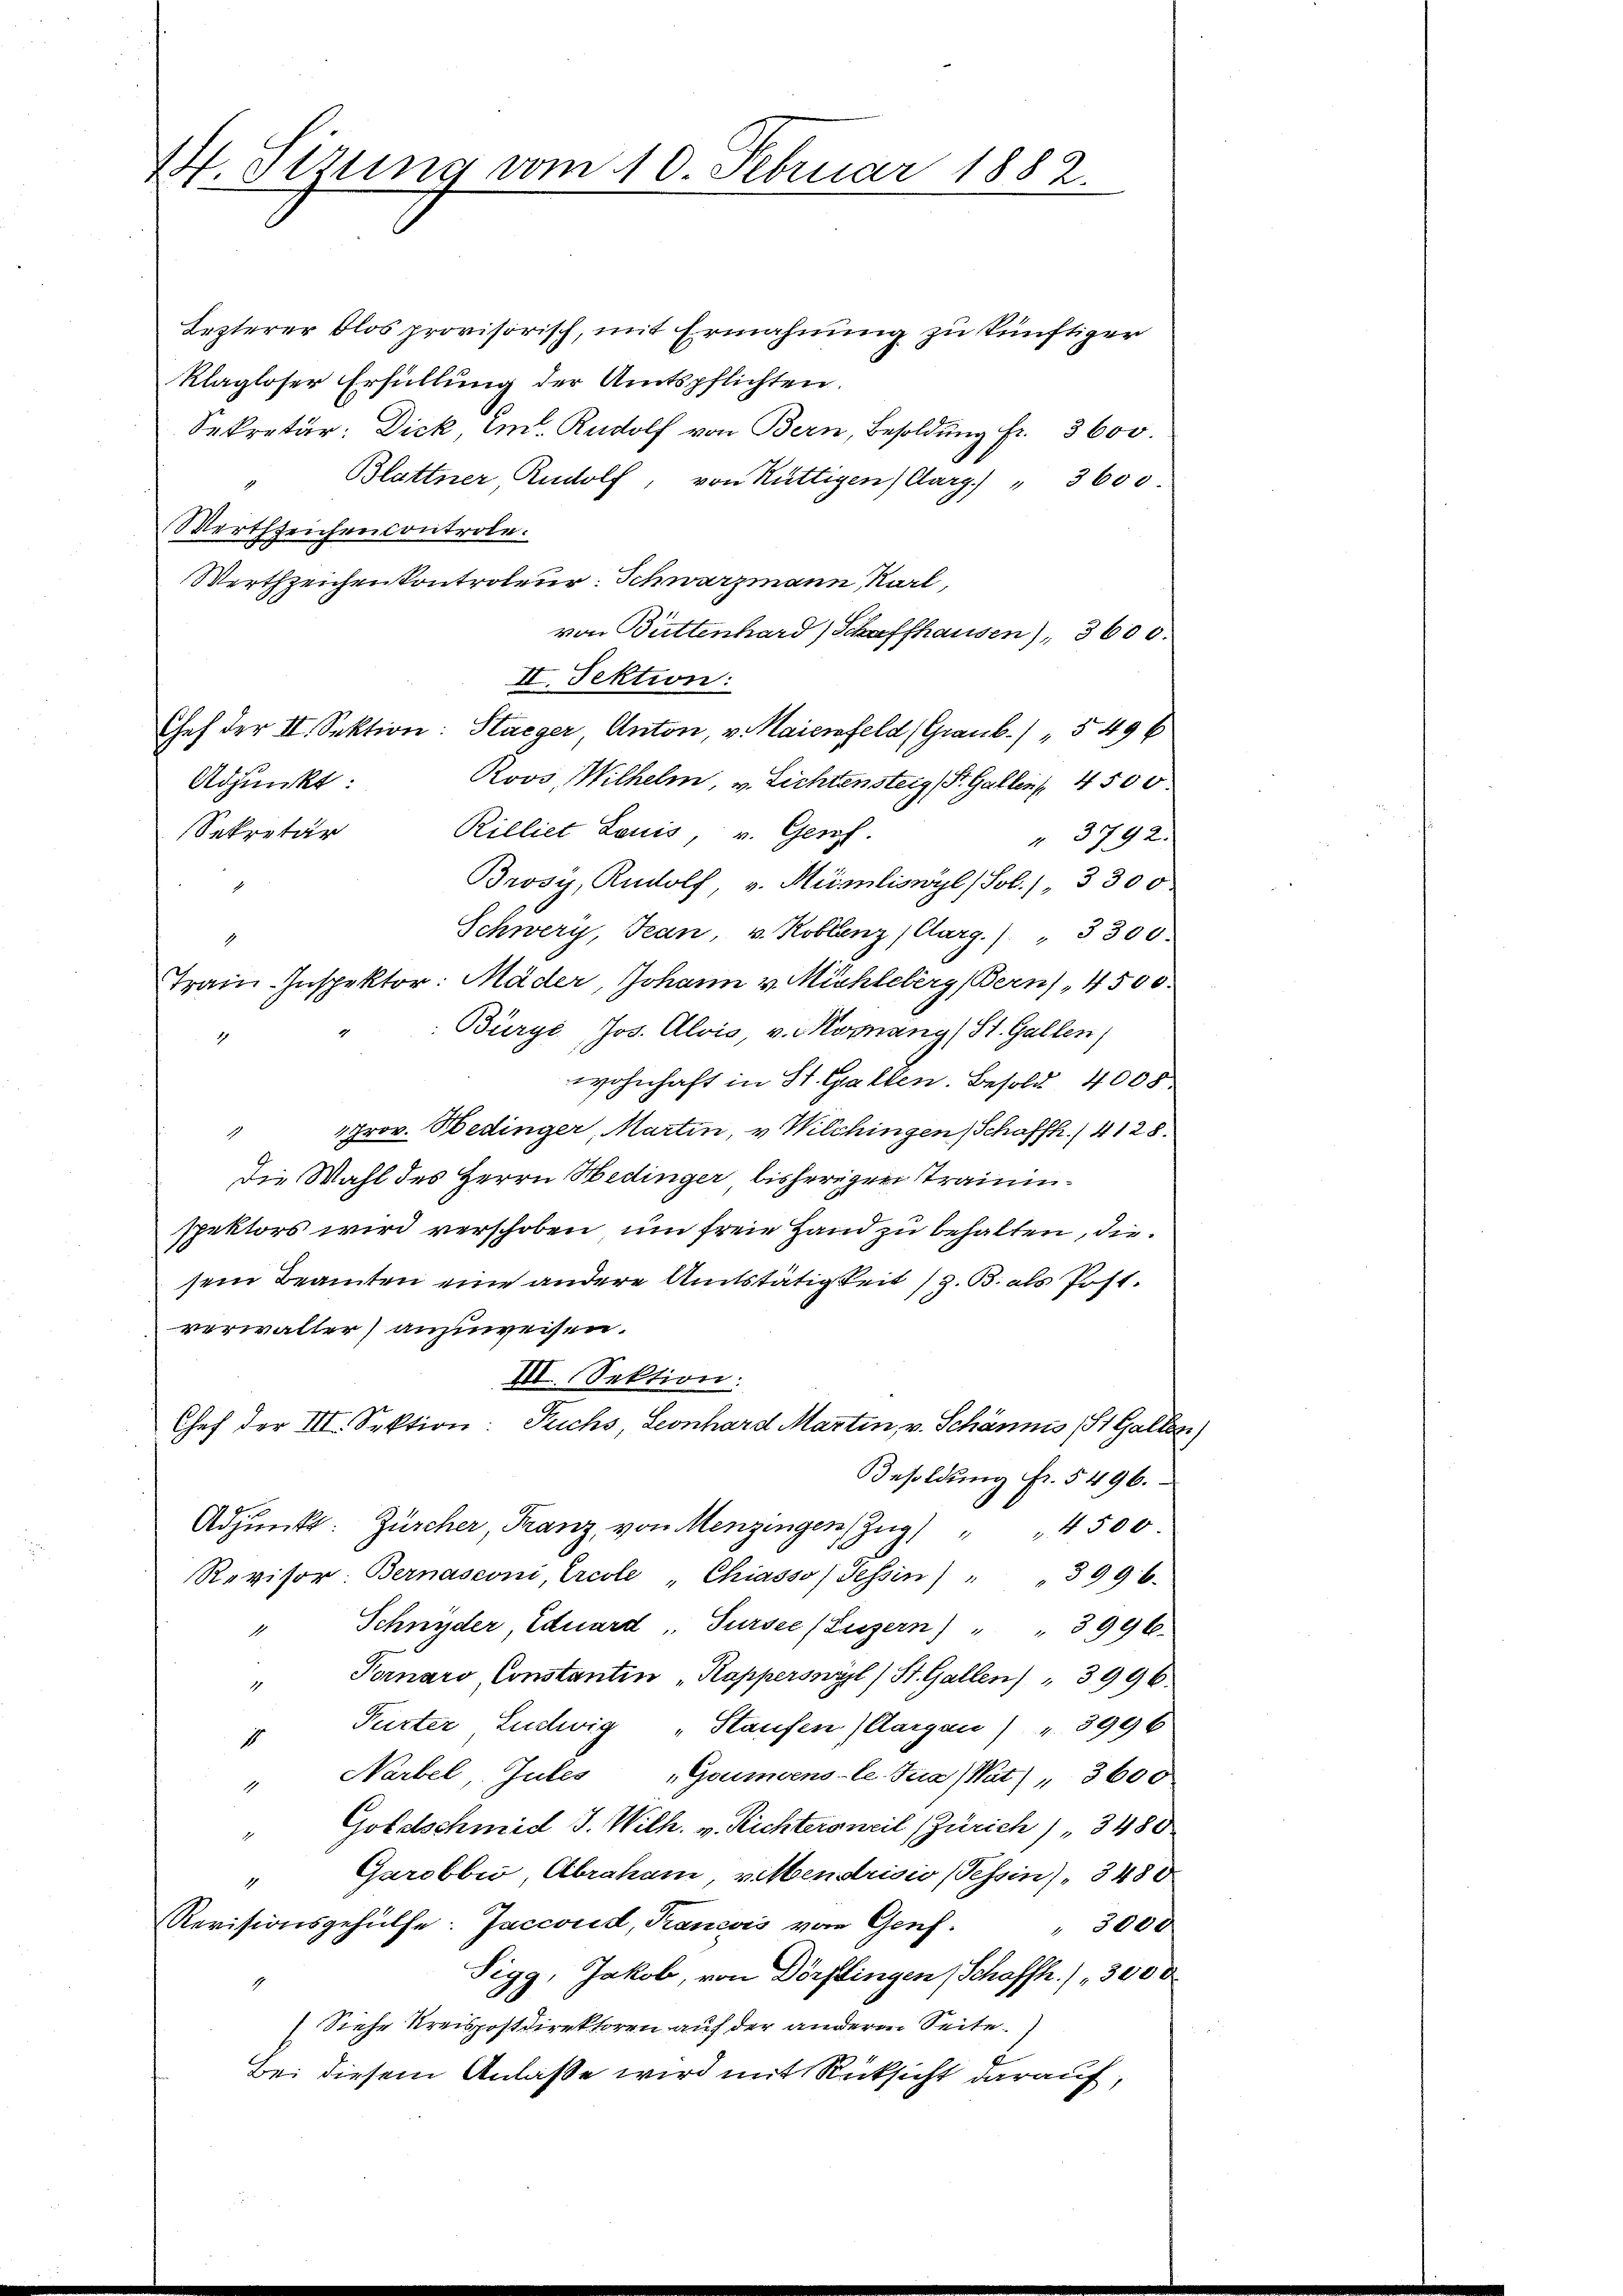
44. Sizung vom 10. Februar 1882.

Lezterer blos provisorisch, mit Ermahnung zu künftiger
klagloser Erfüllung der Amtspflichten.
Sekretär: Dick E. Rudolf von Bern, Besoldŭng fr. 3600.
Blattner Rudolf, von Rüttigen) Aarg.) " 3600.
Wertszeichen controle.
Werthzeichen kontroleur: Schwarzmann, Karl,
von Büttenhard Schaffhausen), 3600.
II. Sektion:
Chef der II. Sektion: Staeger, Anton, v. Maienfeld, Graub. / " 549 f
Roos, Wilhelm, v. Lichtensteig (St. Gallen 4500
Adjunkt:
Rilliet Louis, v. Geref.
Sekretär
". 3792.
Brosy, Rudolf v. Mümliswyl (Sol. 1, 3300
1
Schwery, Jean, u. Koblenz (Aarg.) " 3300.
2.
Train-Inspektor: Mäder, Johann v. Michleberg, Bern), 4500.
Bürgi, Jos. Alois, v. Kornang (St. Gallen,
1
wohnhaft in St. Gallen. Besold 4000.
" prov. Hedinger, Martin, v. Wilchingen Schaffh./ 4128.
die Wahl des Herrn Hedinger bisheriger Traininspektors wird verschoben, um freie Hand zu behalten, diesein Beamten eine andere Amtstätigkeit (z. B. als Post.
verwalter) anzuweisen.
III. Sektion:
Chef der III. Sektion: Fuchs, Leonhard Martin, v. Schännis St. Gallen
Besoldung fr. 5496.
Adpŭnkt: Zürcher, Franz, von Menzingen Zŭg " 4500.
Revisor Bernasconi, Ercole „Chiasso (Tessin) " " 3996.
Schnyder, Eduard " Sursee (Luzern) " 3996.
Fornaro Constantin "Rapperswyl (St. Gallen) " 3996.
1
Purter Ludwig „Staufen (Aargau) " 3996
1
Narbel, Jules „Goumoens-Ce. Tua (Wat) " 3600
1
Goldschmid J. Wilh. v. Richtersweil (Zürich) " 3480
a
Garobbio, Abraham, villendrisio (Tessin), 3480
1
Revisionsgehülfe. Jaccord, Trancois vom Genf. 3000
Sigg, Jakob, von Dörflingen Schaffh.) " 3000
(Siehe Kreispostdirektoren auf der anderen Seite
Bei diesem Anlasse wird mit Rücksicht darauf,